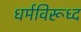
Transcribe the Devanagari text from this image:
धर्मविरूध्द